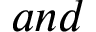
a n d